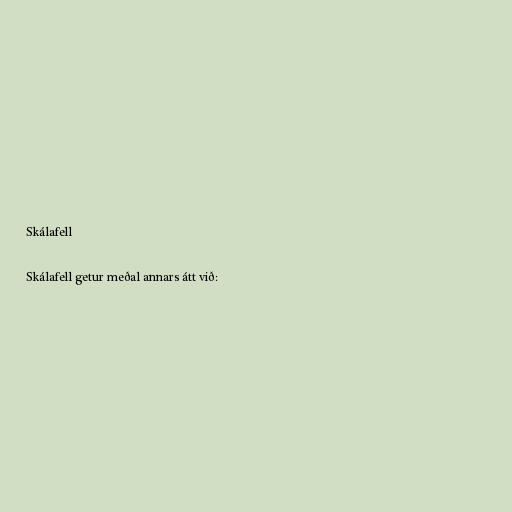
Skálafell

Skálafell getur meðal annars átt við: